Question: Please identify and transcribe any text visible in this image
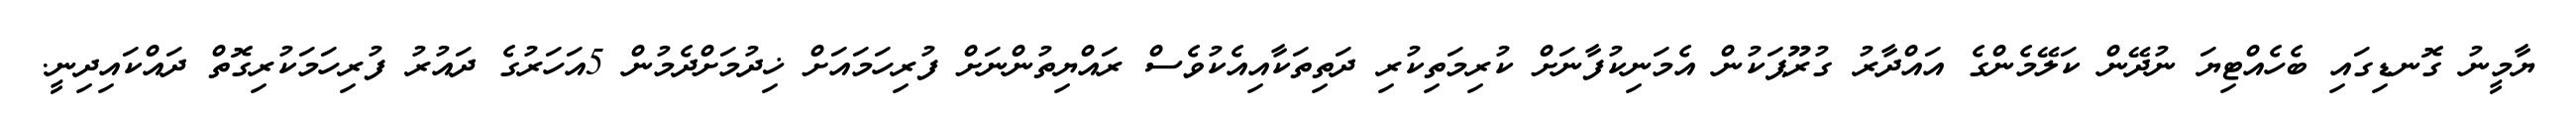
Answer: ޔާމީނު ގޮނޑިގައި ބެހެއްޓިޔަ ނުދޭން ކަލޭމެންގެ އައްދާރު ގުރޫޕަކުން އެމަނިކުފާނަށް ކުރިމަތިކުރި ދަތިތަކާއިއެކުވެސް ރައްޔިތުންނަށް ފުރިހަމައަށް ޚިދުމަށްދެމުން 5އަހަރުގެ ދައުރު ފުރިހަމަކުރިގޮތް ދައްކައިދިނީ.